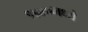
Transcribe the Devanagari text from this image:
१४४०मध्ये